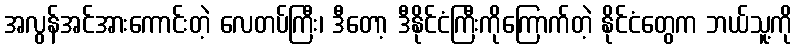
အလွန်အင်အားကောင်းတဲ့ လေတပ်ကြီး၊ ဒီတော့ ဒီနိုင်ငံကြီးကိုကြောက်တဲ့ နိုင်ငံတွေက ဘယ်သူ့ကို